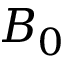
B _ { 0 }